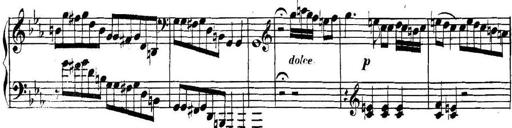
Title: Collected Piano Sonatas
Composer: Muzio Clementi